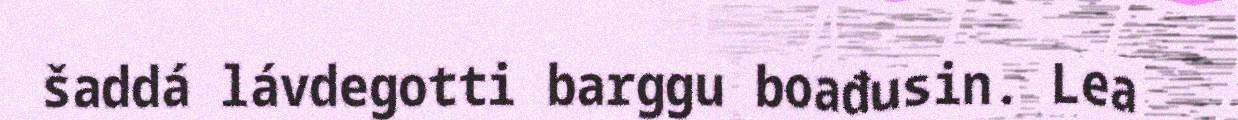
šaddá lávdegotti barggu boađusin. Lea